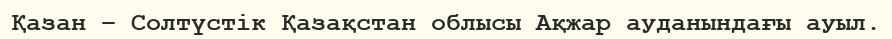
Қазан – Солтүстік Қазақстан облысы Ақжар ауданындағы ауыл.